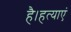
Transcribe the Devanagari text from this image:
है।हत्याएं